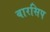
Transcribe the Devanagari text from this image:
बारसिप